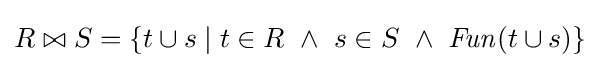
R\bowtie S=\left\{t\cup s\mid t\in R\ \land \ s\in S\ \land \ {\mathit {Fun}}(t\cup s)\right\}